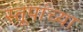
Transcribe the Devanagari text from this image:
स्तूपांच्या